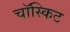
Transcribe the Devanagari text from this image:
चॉस्किट